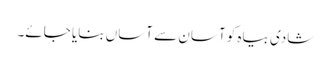
شادی بیاہ کو آسان سے آساں بنایا جائے۔